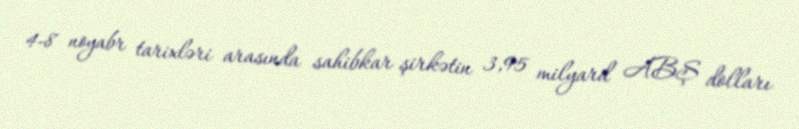
4-8 noyabr tarixləri arasında sahibkar şirkətin 3,95 milyard ABŞ dolları